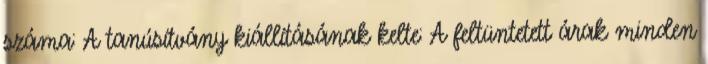
száma: A tanúsítvány kiállításának kelte: A feltüntetett árak minden